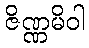
ဇိဏ္ဏမိဝါ